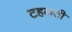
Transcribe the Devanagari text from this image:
टहलती